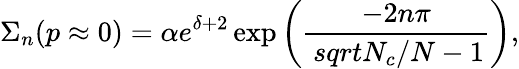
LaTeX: \Sigma_{n}(p\approx 0)=\alpha e^{\delta+2}\exp\left({\frac{-2n\pi}{\, sqrt{N_{c}/N-1}}}\right),